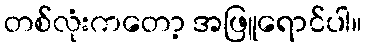
တစ်လုံးကတော့ အဖြူရောင်ပါ။